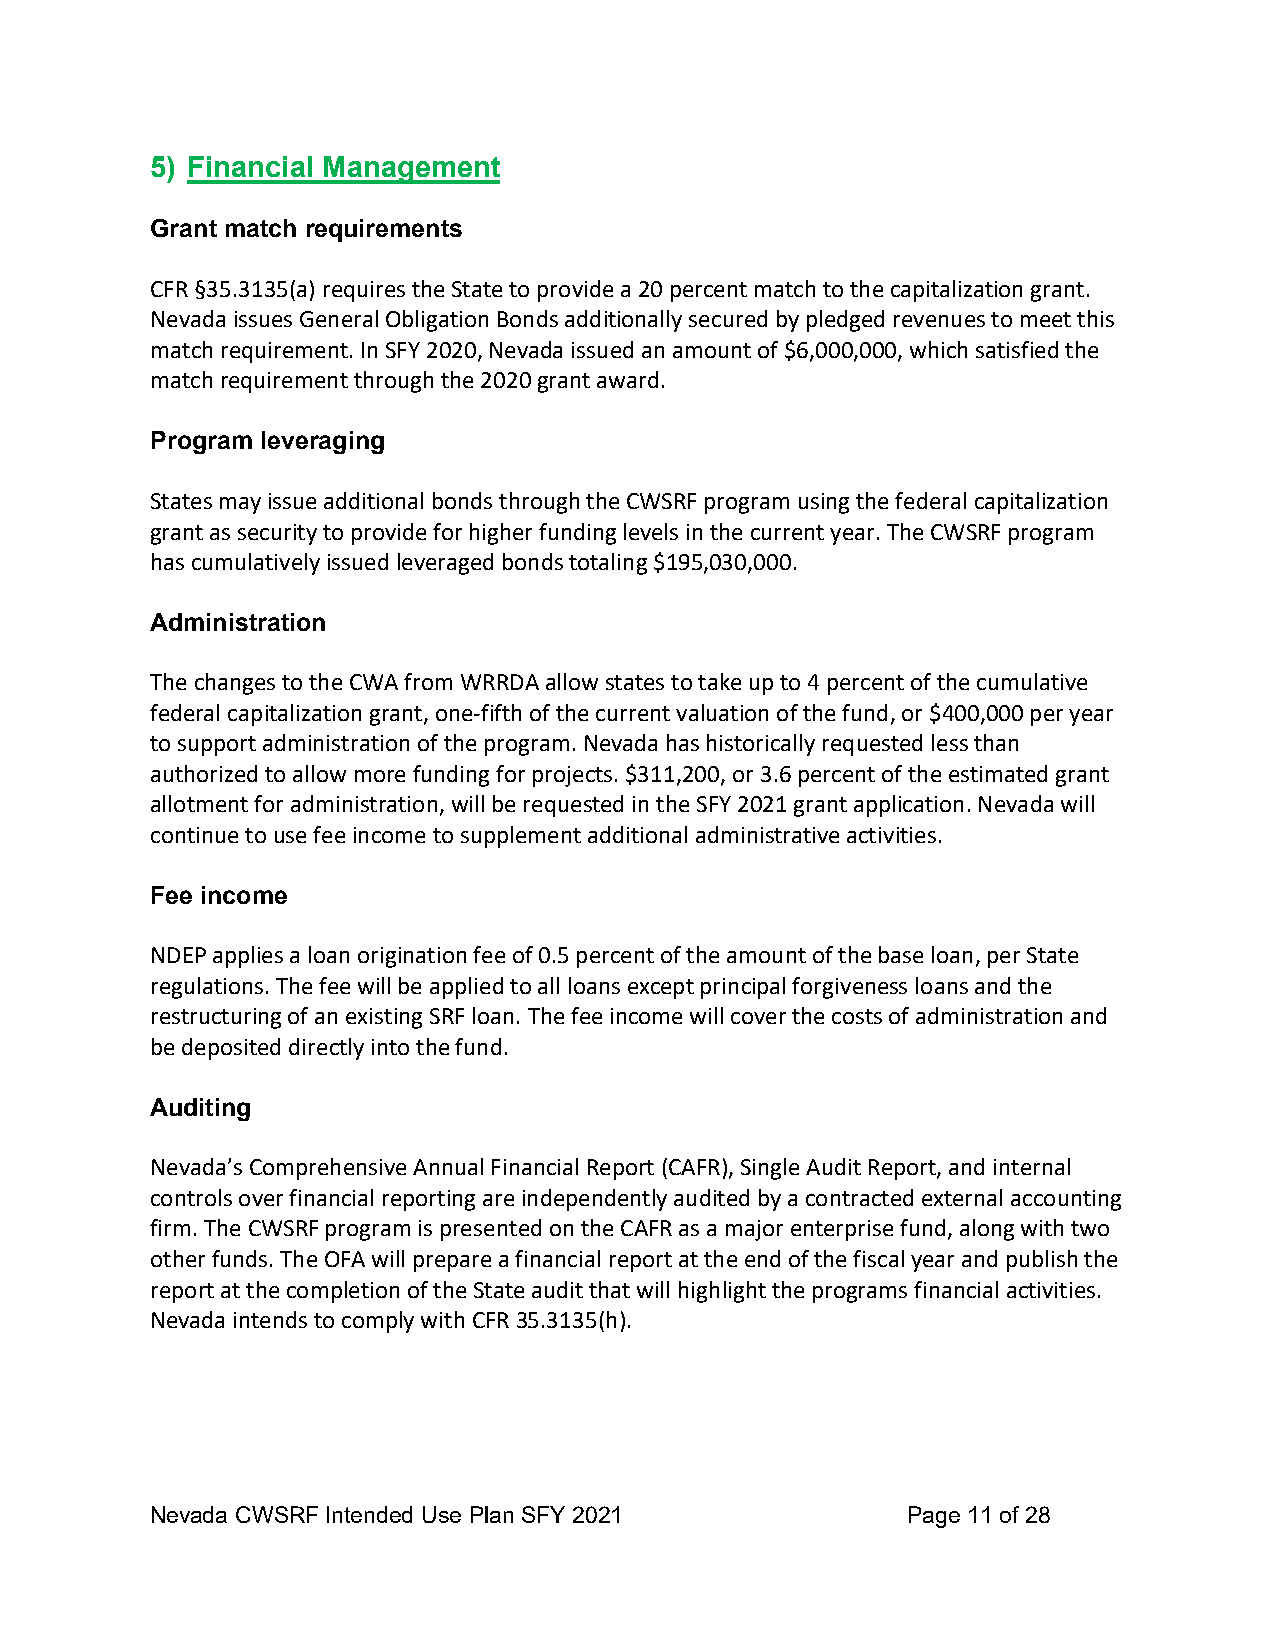
5) Financial Management
 Grant match requirements
 CFR §35.3135(a) requires the State to provide a 20 percent match to the capitalization grant.
 Nevada issues General Obligation Bonds additionally secured by pledged revenues to meet this
 match requirement. In SFY 2020, Nevada issued an amount of $6,000,000, which satisfied the
 match requirement through the 2020 grant award.
 Program leveraging
 States may issue additional bonds through the CWSRF program using the federal capitalization
 grant as security to provide for higher funding levels in the current year. The CWSRF program
 has cumulatively issued leveraged bonds totaling $195,030,000.
 Administration
 The changes to the CWA from WRRDA allow states to take up to 4 percent of the cumulative
 federal capitalization grant, one-fifth of the current valuation of the fund, or $400,000 per year
 to support administration of the program. Nevada has historically requested less than
 authorized to allow more funding for projects. $311,200, or 3.6 percent of the estimated grant
 allotment for administration, will be requested in the SFY 2021 grant application. Nevada will
 continue to use fee income to supplement additional administrative activities.
 Fee income
 NDEP applies a loan origination fee of 0.5 percent of the amount of the base loan, per State
 regulations. The fee will be applied to all loans except principal forgiveness loans and the
 restructuring of an existing SRF loan. The fee income will cover the costs of administration and
 be deposited directly into the fund.
 Auditing
 Nevada’s Comprehensive Annual Financial Report (CAFR), Single Audit Report, and internal
 controls over financial reporting are independently audited by a contracted external accounting
 firm. The CWSRF program is presented on the CAFR as a major enterprise fund, along with two
 other funds. The OFA will prepare a financial report at the end of the fiscal year and publish the
 report at the completion of the State audit that will highlight the programs financial activities.
 Nevada intends to comply with CFR 35.3135(h).
 Nevada CWSRF Intended Use Plan SFY 2021           Page 11 of 28